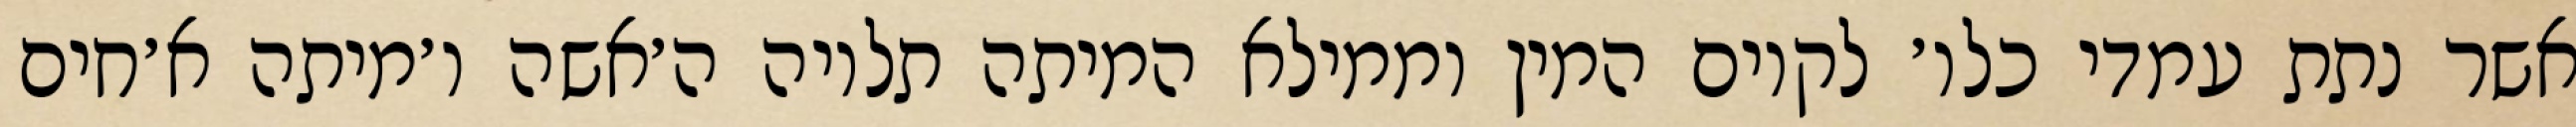
אשר נתת עמדי כלו׳ לקיום המין וממילא המיתה תלויה ה׳אשה ו׳מיתה א׳חים